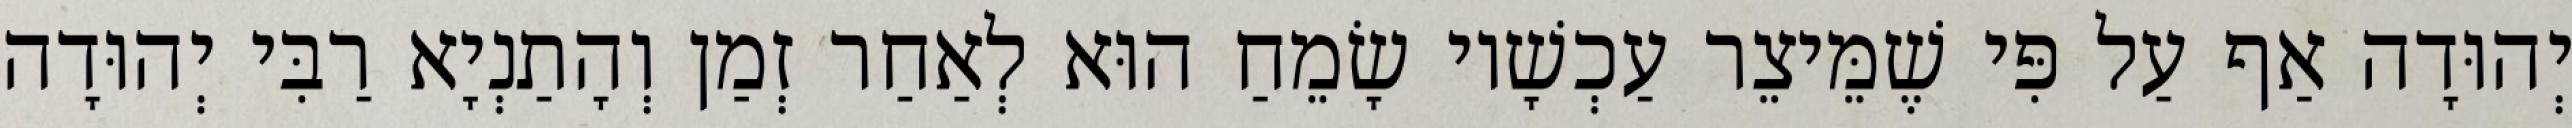
יְהוּדָה אַף עַל פִּי שֶׁמֵּיצֵר עַכְשָׁיו שָׂמֵחַ הוּא לְאַחַר זְמַן וְהָתַנְיָא רַבִּי יְהוּדָה